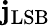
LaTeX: \mathbf{j}_{\mathrm{{LSB}}}